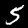
Digit: 5